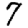
Digit: 7